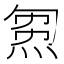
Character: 𤊝